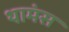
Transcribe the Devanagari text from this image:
थामंस